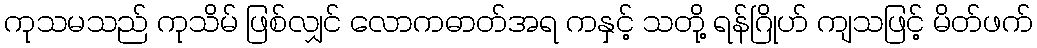
ကုသမသည် ကုသိမ် ဖြစ်လျှင် လောကဓာတ်အရ ကနှင့် သတို့ ရန်ဂြိုဟ် ကျသဖြင့် မိတ်ဖက်